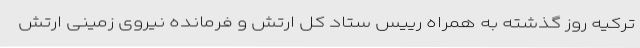
ترکیه روز گذشته به همراه رییس ستاد کل ارتش و فرمانده نیروی زمینی ارتش